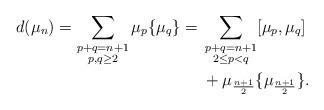
LaTeX: \begin{align*}d(\mu_{n})=\sum_{\substack{p+q=n+1\\p,q\geq 2}}\mu_{p}\{\mu_{q}\}={}&\sum_{\substack{p+q=n+1\\2\leq p<q}}[\mu_{p},\mu_{q}]\\&+\mu_{\frac{n+1}{2}}\{\mu_{\frac{n+1}{2}}\}.\end{align*}